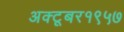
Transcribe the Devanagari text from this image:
अक्टूबर१९५७